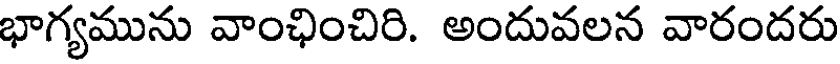
భాగ్యమును వాంఛించిరి. అందువలన వారందరు